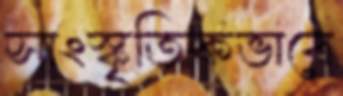
সাংস্কৃতিকভাবে